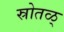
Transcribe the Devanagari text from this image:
स्रोतळ्